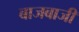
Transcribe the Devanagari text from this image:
बाजबाजी